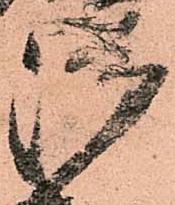
御